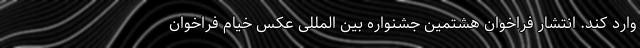
وارد کند. انتشار فراخوان هشتمین جشنواره بین المللی عکس خیام فراخوان